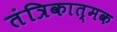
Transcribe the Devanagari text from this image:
तंत्रिकात्मक